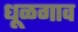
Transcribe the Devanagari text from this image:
धूळगाव